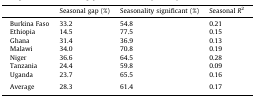
<table><thead><tr><td></td><td><b>Seasonal gap (%)</b></td><td><b>Seasonality significant (%)</b></td><td><b>Seasonal <i>R</i><sup>2</sup></b></td></tr></thead><tbody><tr><td>Burkina Faso</td><td>33.2</td><td>54.8</td><td>0.21</td></tr><tr><td>Ethiopia</td><td>14.5</td><td>77.5</td><td>0.15</td></tr><tr><td>Ghana</td><td>31.4</td><td>36.9</td><td>0.13</td></tr><tr><td>Malawi</td><td>34.0</td><td>70.8</td><td>0.19</td></tr><tr><td>Niger</td><td>36.6</td><td>64.5</td><td>0.28</td></tr><tr><td>Tanzania</td><td>24.4</td><td>59.8</td><td>0.09</td></tr><tr><td>Uganda</td><td>23.7</td><td>65.5</td><td>0.16</td></tr><tr><td colspan="4">  </td></tr><tr><td>Average</td><td>28.3</td><td>61.4</td><td>0.17</td></tr></tbody></table>